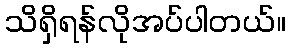
သိရှိရန်လိုအပ်ပါတယ်။